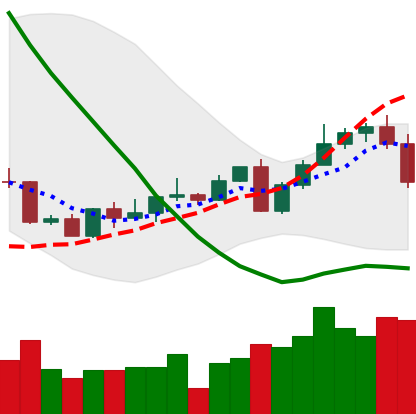
Ticker: LINK-USD
Chart end date: 2022-09-13
Forward return: 5.313%
Label: up_5_7